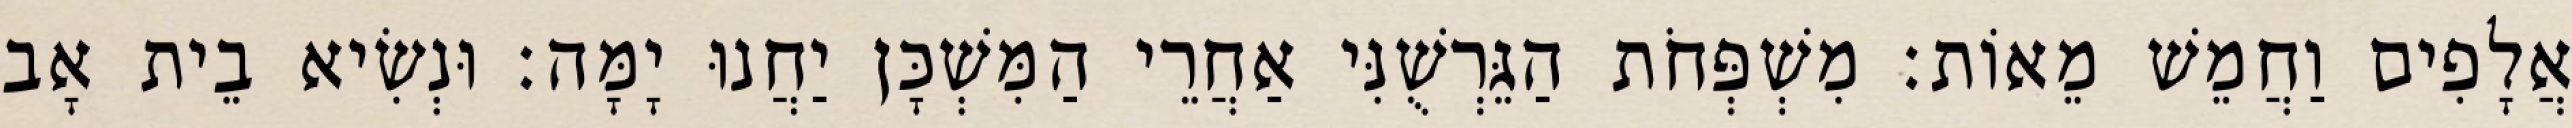
אֲלָפִים וַחֲמֵשׁ מֵאוֹת׃ מִשְׁפְּחֹת הַגֵּרְשֻׁנִּי אַחֲרֵי הַמִּשְׁכָּן יַחֲנוּ יָמָּה׃ וּנְשִׂיא בֵית אָב